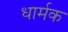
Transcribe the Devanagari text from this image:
धार्मक